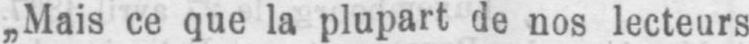
„Mais ce que la plupart de nos lecteurs